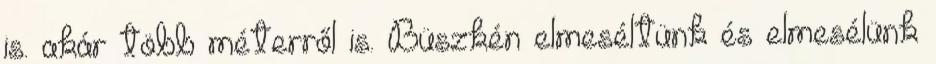
is. akár több méterről is. Büszkén elmeséltünk és elmesélünk